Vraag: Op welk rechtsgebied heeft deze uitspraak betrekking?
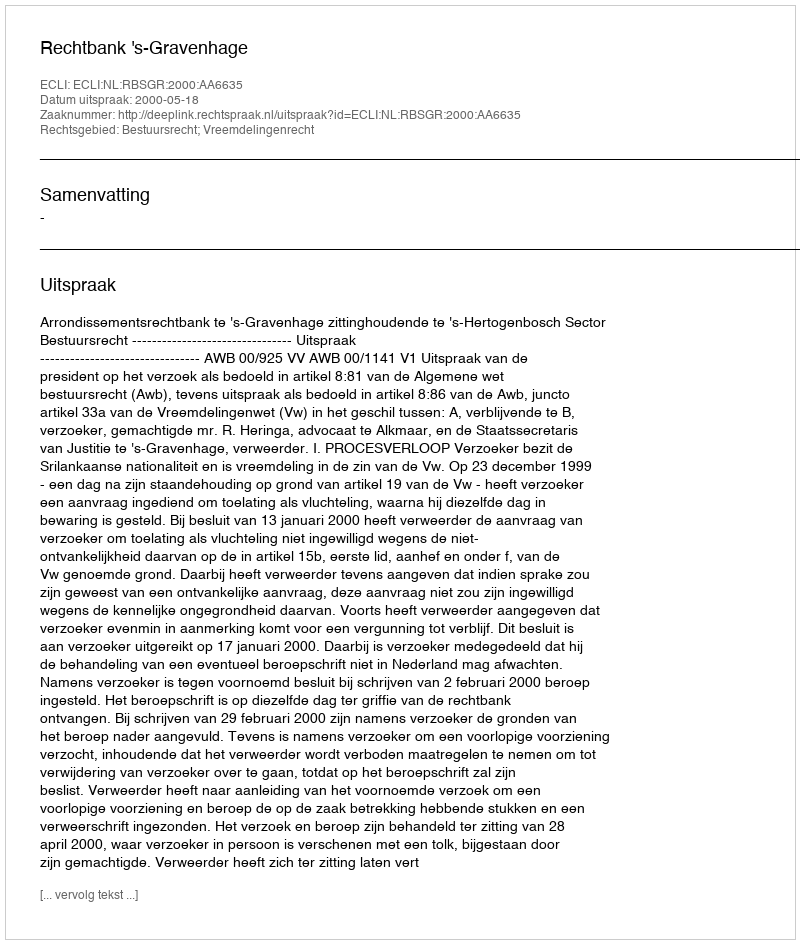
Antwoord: Bestuursrecht; Vreemdelingenrecht